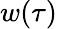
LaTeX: w(\tau)